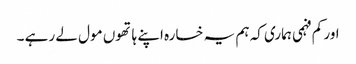
اور کم فہمی ہماری کہ ہم یہ خسارہ اپنے ہاتھوں مول لے رہے ۔